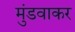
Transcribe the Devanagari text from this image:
मुंडवाकर